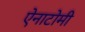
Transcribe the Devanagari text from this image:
ऐनाटोमी